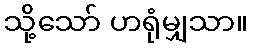
သို့သော် ဟရုံမျှသာ။